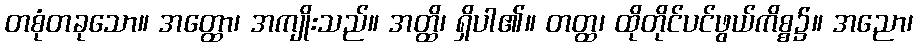
တစုံတခုသော။ အတ္ထော၊ အကျိုးသည်။ အတ္ထိ၊ ရှိပါ၏။ တတ္ထ၊ ထိုတိုင်ပင်ဖွယ်ကိစ္စ၌။ အညော၊